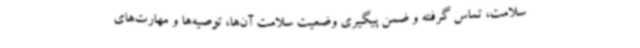
سلامت، تماس گرفته و ضمن پیگیری وضعیت سلامت آن‌ها، توصیه‌ها و مهارت‌های